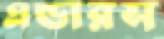
এন্ডারস